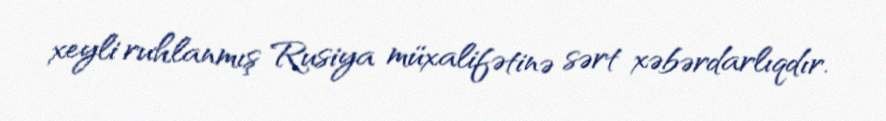
xeyli ruhlanmış Rusiya müxalifətinə sərt xəbərdarlıqdır.